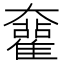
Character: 𡚜